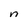
Character: n